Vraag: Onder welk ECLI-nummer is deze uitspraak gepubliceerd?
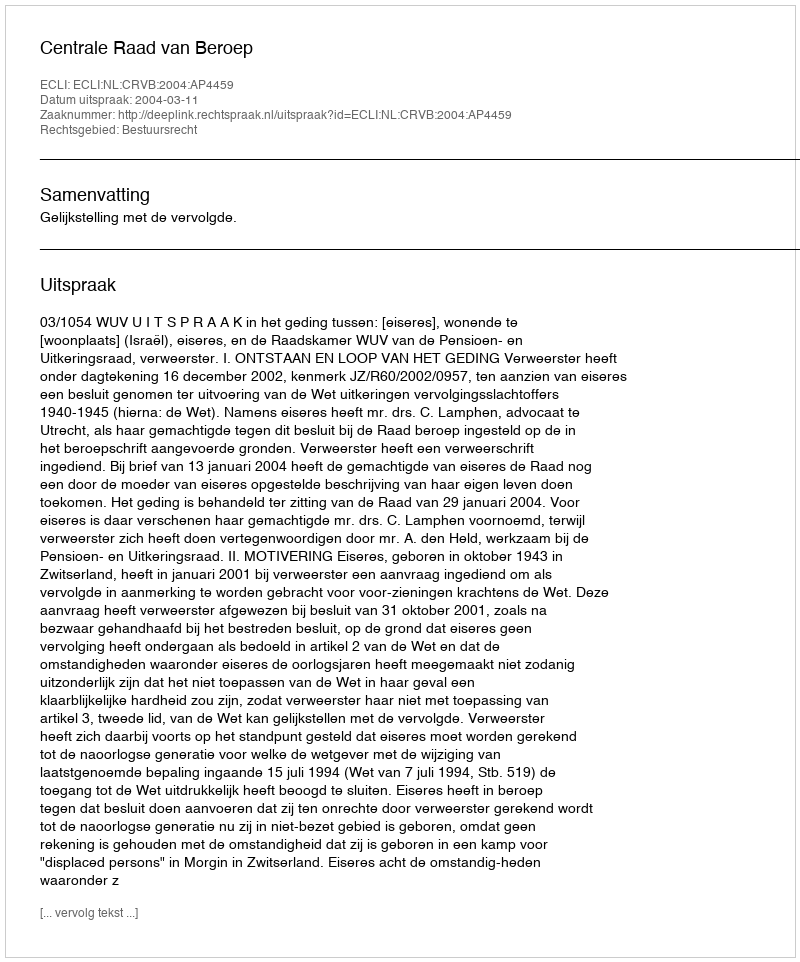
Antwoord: ECLI:NL:CRVB:2004:AP4459